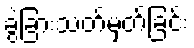
ခွဲခြားသတ်မှတ်ခြင်း